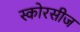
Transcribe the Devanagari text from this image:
स्कोरसीज